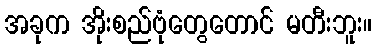
အခုက အိုးစည်ဗုံတွေတောင် မတီးဘူး။